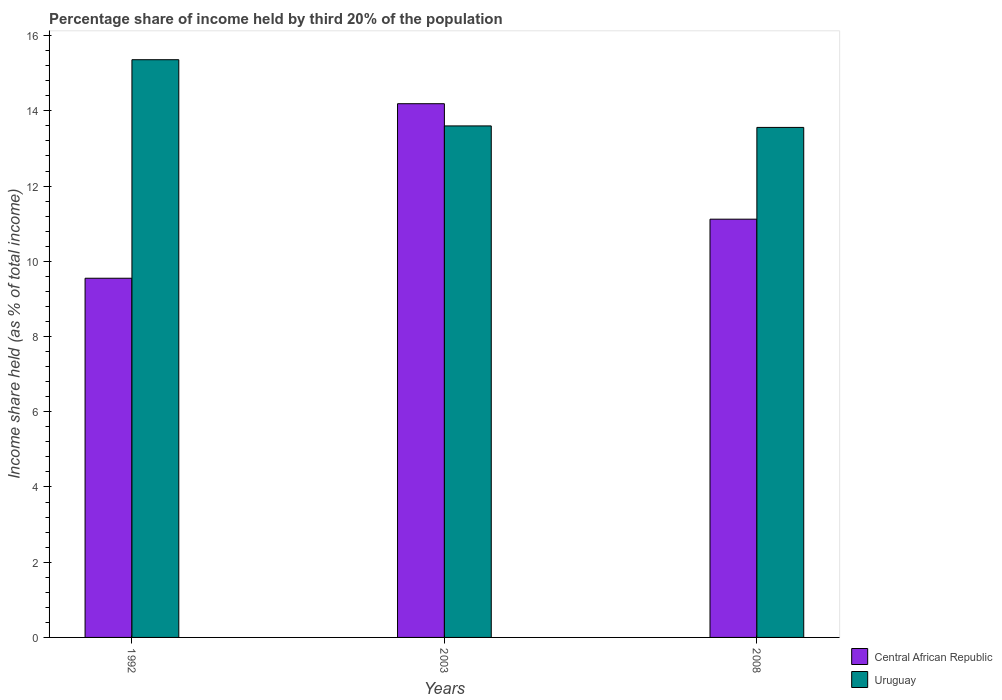
| Years | Central African Republic | Uruguay |
 | --- | --- | --- |
 | 1992 | 9.55 | 15.4 |
 | 2003 | 14.2 | 13.6 |
 | 2008 | 11.1 | 13.6 |